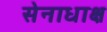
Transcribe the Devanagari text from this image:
सेनाधाक्ष